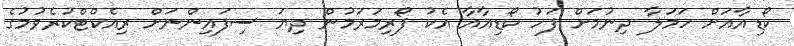
ކޯޑިއާއަށް ހަމަލާ ދިނުމަށް ފަހު ކޯޑިއާއާ އެކު ފޯރިމަރަމުން ދިޔަ ސިފައިންނަށް ރިއެކްޓްކުރެވުމުގެ